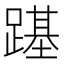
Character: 𨄎